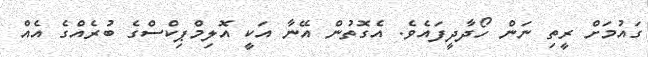
ގައުމަށް ރީތި ނަން ހޯދާދީފައެވެ. އެގޮތުން އޭނާ އަކީ އޮލިމްޕިކްސްގެ ބުރެއްގެ އެއް